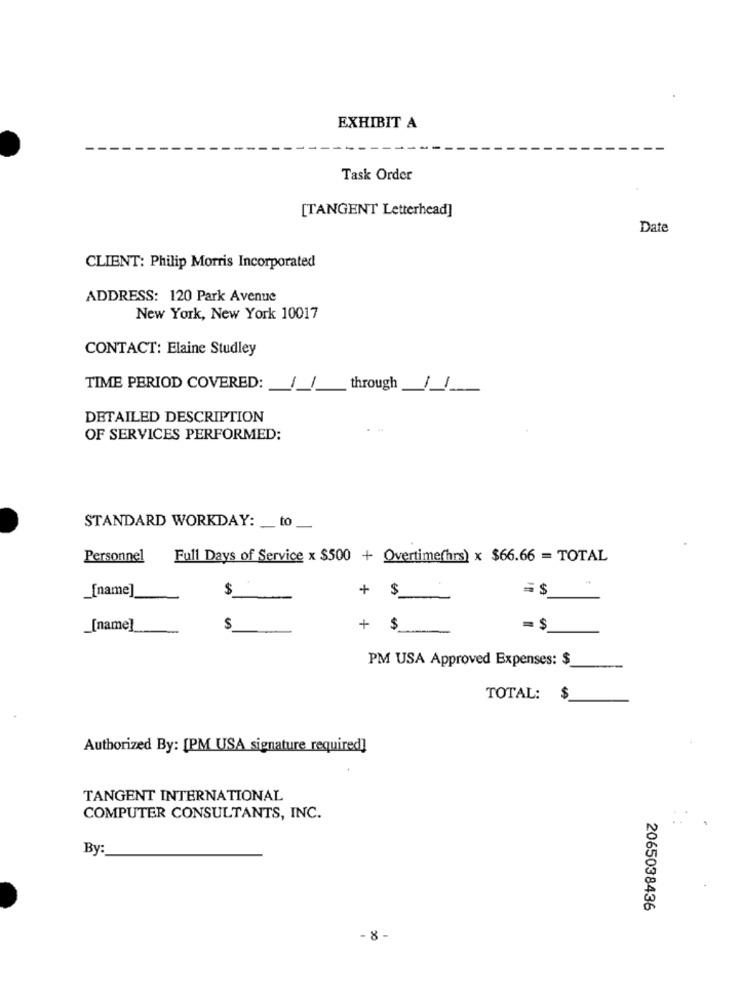
EXHIBIT A
Task Order
[TANGENT Letterhead]
Date
CLIENT: Philip Morris Incorporated
ADDRESS: 120 Park Avenue
New York, New York 10017
CONTACT: Elaine Studley
TIME PERIOD COVERED:
1
through
1
DETAILED DESCRIPTION
OF SERVICES PERFORMED:
STANDARD WORKDAY: _ to _
Personnel
Full Days of Service x $500 + Overtime(hrs) x $66.66 = TOTAL
[name]
$
$
=$
[name]
$
+ $
= $
PM USA Approved Expenses: $
TOTAL:
Authorized By: [PM USA signature required]
TANGENT INTERNATIONAL
COMPUTER CONSULTANTS, INC.
By:
2065038436
-8 -